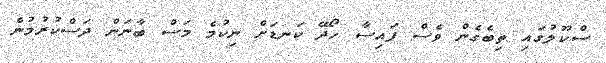
ސްކޫލުގައި ތިބެގެން ވެސް ފައިސާ ހޯދޭ ކަނޑަށް ނިކުމެ މަސް ބާނަން ދަސްކުރުމުން